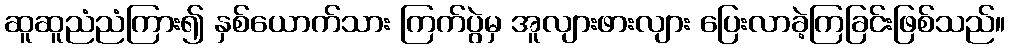
ဆူဆူညံညံကြား၍ နှစ်ယောက်သား ကြက်ပွဲမှ အူလျားဖားလျား ပြေးလာခဲ့ကြခြင်းဖြစ်သည်။